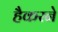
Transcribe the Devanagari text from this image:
हैकरने